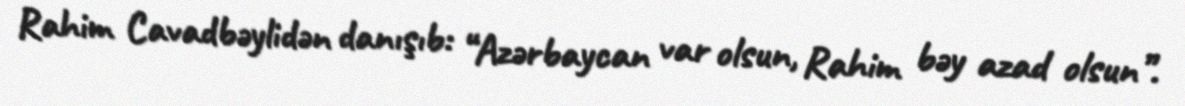
Rahim Cavadbəylidən danışıb: “Azərbaycan var olsun, Rahim bəy azad olsun”.